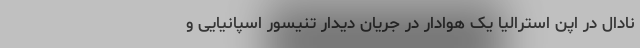
نادال در اپن استرالیا یک هوادار در جریان دیدار تنیسور اسپانیایی و